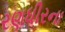
રણધીરના